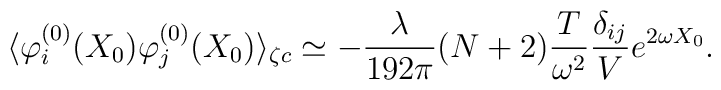
\langle \varphi_i^{(0)} (X_0) \varphi_j^{(0)} (X_0) \rangle_{\zeta c} \simeq - \frac{\lambda}{1 9 2 \pi} (N + 2) \frac{T}{\omega^2} \frac{\delta_{i j}}{V} e^{2 \omega X_0} .